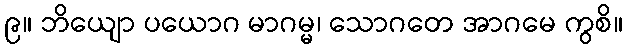
၉။ ဘိယျော ပယောဂ မာဂမ္မ၊ သောဂတေ အာဂမေ ကွစိ။